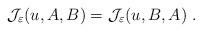
LaTeX: \begin{align*}\mathcal{J}_{\varepsilon}(u,A,B)=\mathcal{J}_{\varepsilon}(u,B,A)~.\end{align*}